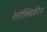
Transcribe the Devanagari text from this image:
रेलॉक्सिफ़ीन